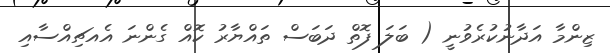
ޒިންމާ އަދާނުކުރެވުނީ ( ބަލަ ފޮތް ދަބަސް ތައްޔާރު ކޮއް ގެންނަ އެއޗިއްސާއި